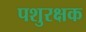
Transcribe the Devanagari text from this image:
पशुरक्षक